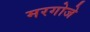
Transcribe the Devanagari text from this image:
मरगोजे